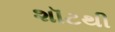
શૉટથી